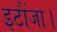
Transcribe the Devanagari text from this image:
इटौंजा।